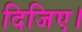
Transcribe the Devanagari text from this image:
दिजिए।